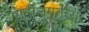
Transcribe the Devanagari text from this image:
नदीलगतच्या